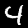
Label: 4